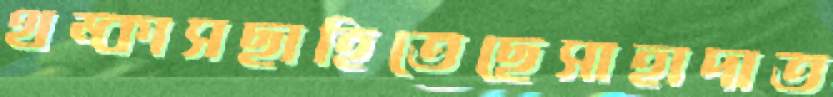
থম্‌কাসছাহিতেছেসাহাদাত